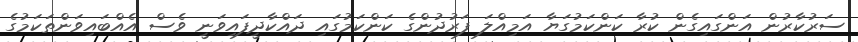
ސަރުކާރުން އަންގައިގެން ކުރާ ކަންކަމުގަޔާ އަމިއްލަ ފަރުދުންގެ ކަންކަމުގައި ދައްކާދީފައިވަނީ ވެސް އެއްބައިވަންތަކަމުގެ